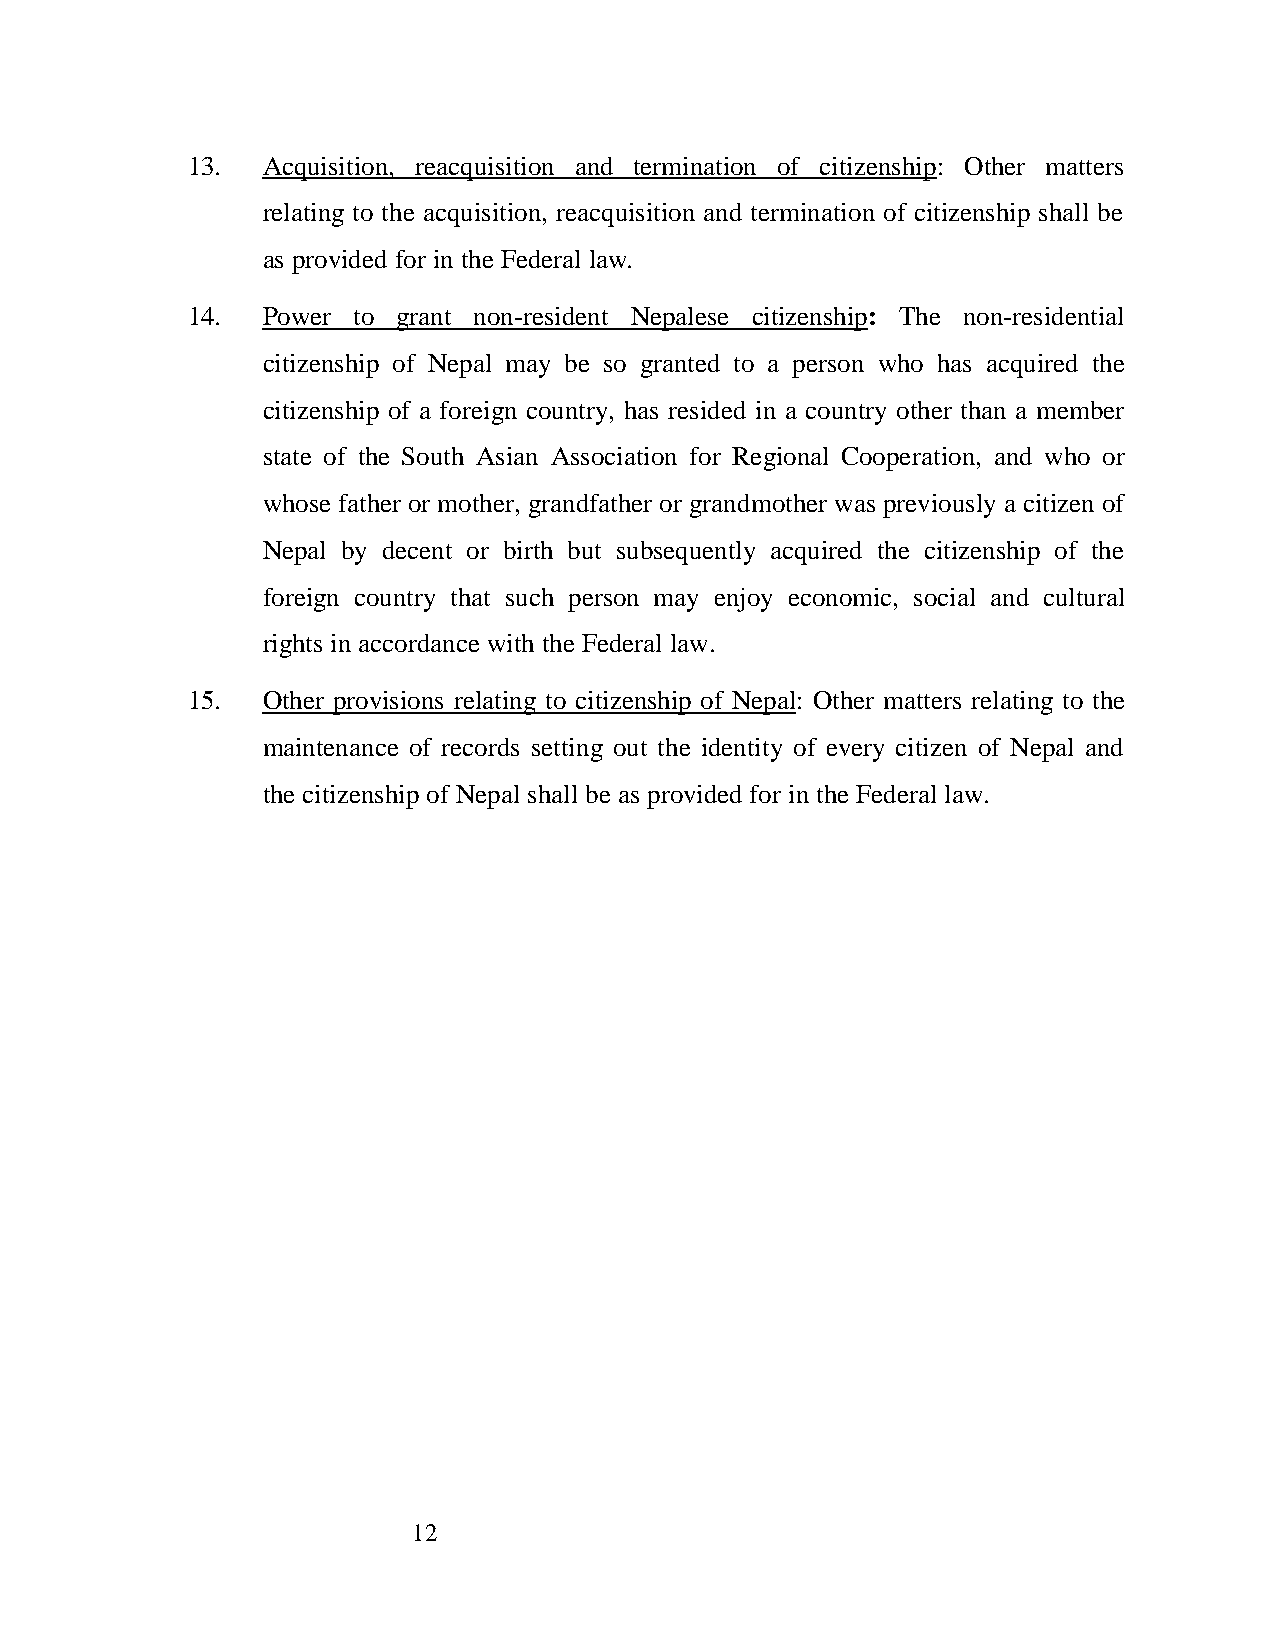
13.  Acquisition, reacquisition and termination of citizenship: Other matters
 relating to the acquisition, reacquisition and termination of citizenship shall be
 as provided for in the Federal law.
 14.  Power to grant non-resident Nepalese citizenship: The non-residential
 citizenship of Nepal may be so granted to a person who has acquired the
 citizenship of a foreign country, has resided in a country other than a member
 state of the South Asian Association for Regional Cooperation, and who or
 whose father or mother, grandfather or grandmother was previously a citizen of
 Nepal by decent or birth but subsequently acquired the citizenship of the
 foreign country that such person may enjoy economic, social and cultural
 rights in accordance with the Federal law.
 15.  Other provisions relating to citizenship of Nepal: Other matters relating to the
 maintenance of records setting out the identity of every citizen of Nepal and
 the citizenship of Nepal shall be as provided for in the Federal law.
 12